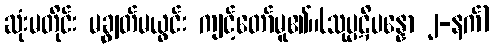
ဆုံးမတိုင်း မချွတ်မယွင်း ကျင့်တော်မူ၏။(သုပ္ပဋိပန္နော ၂-နက်)